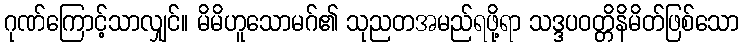
ဂုဏ်ကြောင့်သာလျှင်။ မိမိဟူသောမဂ်၏ သုညတအမည်ရဖို့ရာ သဒ္ဒပဝတ္တိနိမိတ်ဖြစ်သော